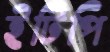
ইটিপি